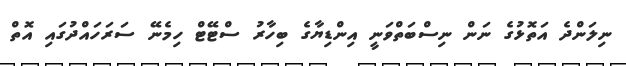
ނިލަންދެ އަތޮޅުގެ ނަން ނިސްބަތްވަނީ އިންޑިޔާގެ ބިހާރު ސްޓޭޓް ހިމެނޭ ސަރަހައްދުގައި އޮތް